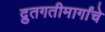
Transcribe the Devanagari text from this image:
द्रुतगतीमार्गांचे